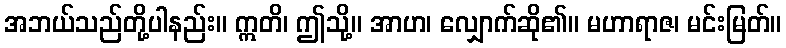
အဘယ်သည်တို့ပါနည်း။ ဣတိ၊ ဤသို့။ အာဟ၊ လျှောက်ဆို၏။ မဟာရာဇ၊ မင်းမြတ်။